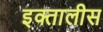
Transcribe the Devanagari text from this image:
इक्तालीस